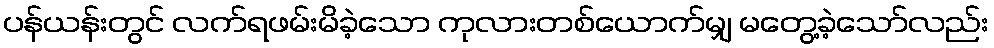
ပန်ယန်းတွင် လက်ရဖမ်းမိခဲ့သော ကုလားတစ်ယောက်မျှ မတွေ့ခဲ့သော်လည်း